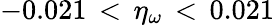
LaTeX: -0.021\, <\, \eta_{\omega}\, <\, 0.021